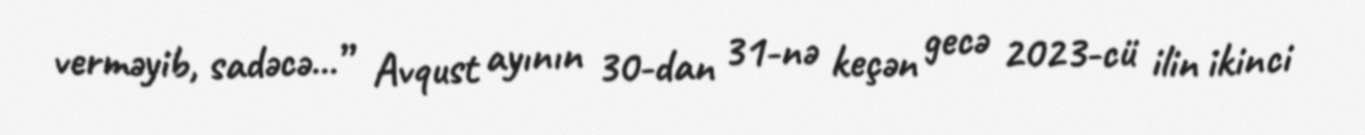
verməyib, sadəcə...” Avqust ayının 30-dan 31-nə keçən gecə 2023-cü ilin ikinci